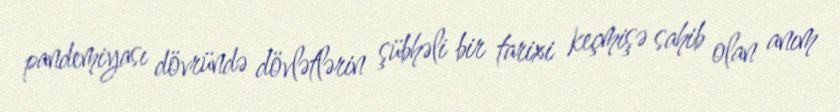
pandemiyası dövründə dövlətlərin şübhəli bir tarixi keçmişə sahib olan anım